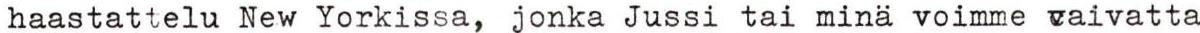
haastattelu New Yorkissa, jonka Jussi tai minä voimme vaivatta